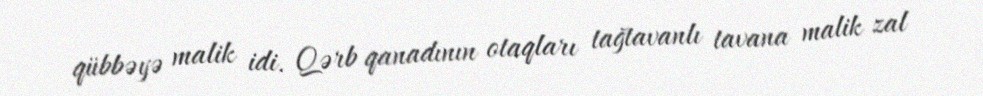
qübbəyə malik idi. Qərb qanadının otaqları tağtavanlı tavana malik zal